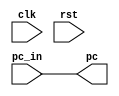
module MEM_stage(
    input clk, rst,
    input[31:0] pc_in,
    output[31:0] pc
);

assign pc = pc_in;

endmodule